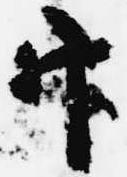
官